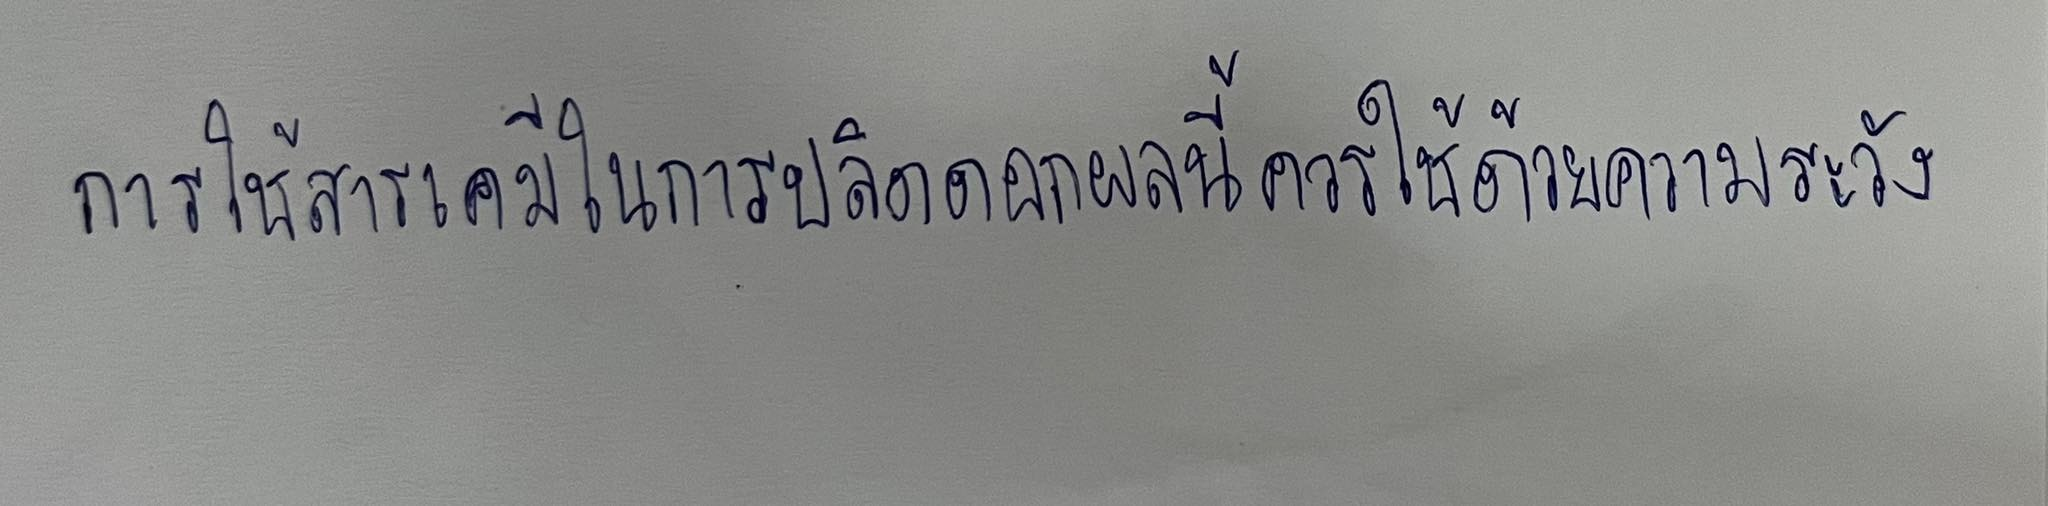
การใช้สารเคมีในการปลิดดอกผลนี้ควรใช้ด้วยความระวัง